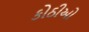
કોઠીઓ